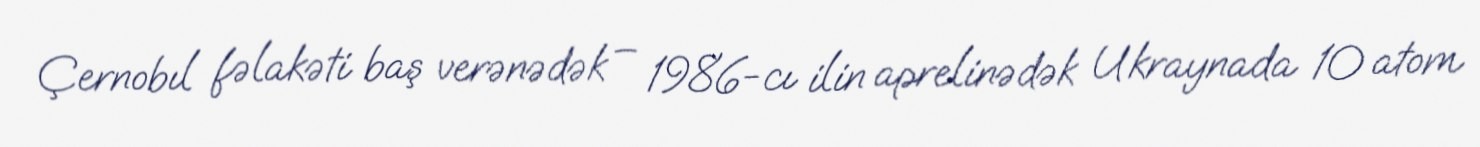
Çernobıl fəlakəti baş verənədək – 1986-cı ilin aprelinədək Ukraynada 10 atom